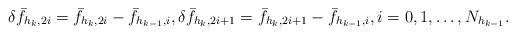
LaTeX: \begin{align*} \delta \bar{f}_{h_k,2i} = \bar{f}_{h_k,2i} - \bar{f}_{h_{k-1},i}, \delta \bar{f}_{h_k,2i+1} = \bar{f}_{h_k,2i+1} - \bar{f}_{h_{k-1},i}, i=0,1,\ldots,N_{h_{k-1}}. \end{align*}